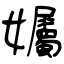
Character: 孎